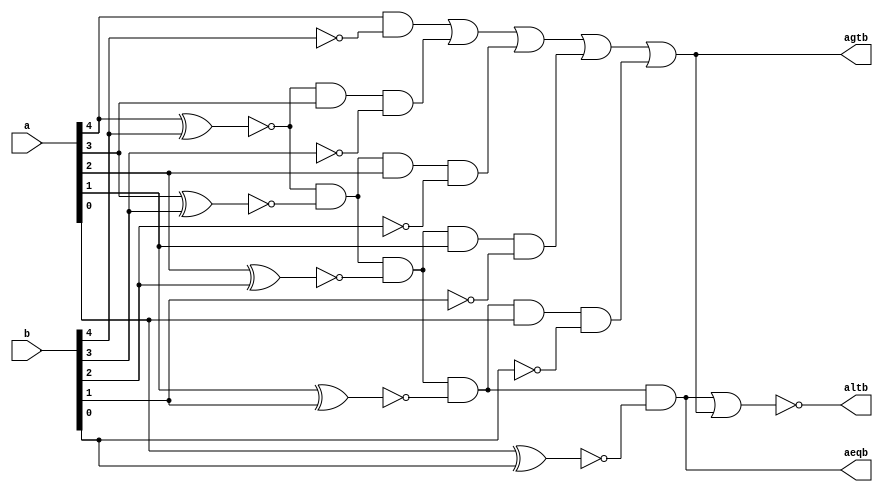
module comp5bit(a,b,aeqb,agtb,altb);
	input [4:0] a,b;
	output aeqb,agtb,altb;
	assign aeqb = ~(a[4]^b[4]) & ~(a[3]^b[3]) & ~(a[2]^b[2]) & ~(a[1]^b[1]) & ~(a[0]^b[0]);
	assign agtb = (a[4] & ~b[4]) | ~(a[4] ^ b[4])&a[3]&~b[3] | ~(a[4] ^ b[4])& ~(a[3] ^ b[3]) &a[2]&~b[2] | ~(a[4] ^ b[4])& ~(a[3] ^ b[3])& ~(a[2] ^ b[2]) &a[1]&~b[1] | ~(a[4] ^ b[4])& ~(a[3] ^ b[3])& ~(a[2] ^ b[2]) & ~(a[1] ^ b[1]) &a[0]&~b[0];
	assign altb = ~(aeqb|agtb);
endmodule